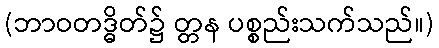
(ဘာဝတဒ္ဓိတ်၌ တ္တန ပစ္စည်းသက်သည်။)